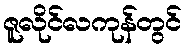
ဇူလိုင်လကုန်တွင်